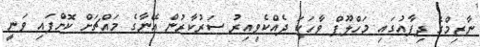
ނާޒިމްގެ ދިފާއުގައި މަހްލޫފް ވާހަކަ ދެއްކެވިއިރު ސަރުކާރުން އޭނާގެ މައްޗަށް ކޮށްފައި ވަނީ